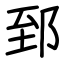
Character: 郅